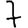
Digit: 7